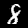
Digit: 8